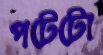
পটেটো